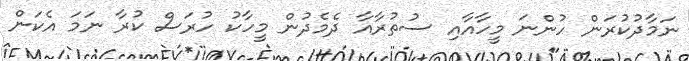
ނަމާދުކުރަން ހުންނަ މީހާއާއި ސުތުރާއާ ދެމެދުން މީހާކު ހުރަސް ކުރާ ނަމަ އެކަން